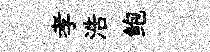
孝浩鲍